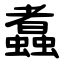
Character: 䘄